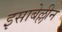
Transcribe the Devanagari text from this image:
इसाबेल्लीन